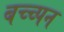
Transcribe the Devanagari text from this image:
बच्च्पन